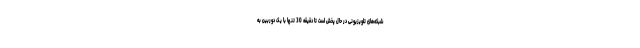
شبکه‌های تلویزیونی در حال پخش است تا دقیقه 30 تنها با یک دوربین به